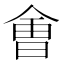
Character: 㑹